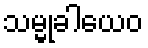
သမ္မုခါယေဝ